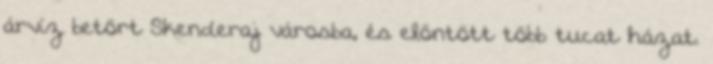
árvíz betört Skenderaj városba, és elöntött több tucat házat.